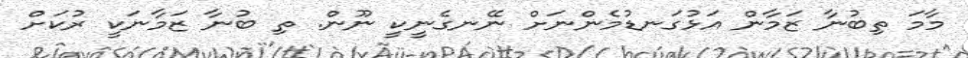
މާމަ ތިބުނާ ޒަމާން އަޅުގަނޑުމެންނަށް ނޭނގެނީކީ ނޫން. ތި ބުނާ ޒަމާނަކީ ރުކަށް